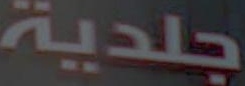
جلدية